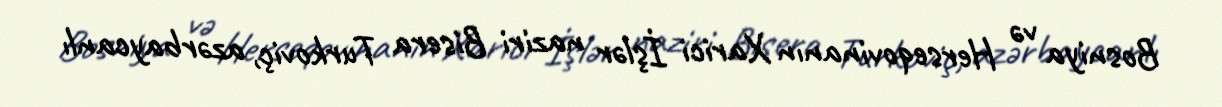
Bosniya və Herseqovinanın Xarici İşlər naziri Bisera Turkoviç, azərbaycanlı